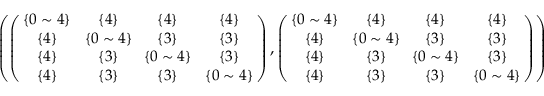
\begin{array} { r } { \small { \left( \left( \! \! \begin{array} { c c c c } { \{ 0 \sim 4 \} } & { \{ 4 \} } & { \{ 4 \} } & { \{ 4 \} } \\ { \{ 4 \} } & { \! \{ 0 \sim 4 \} \! } & { \{ 3 \} } & { \{ 3 \} } \\ { \{ 4 \} } & { \{ 3 \} } & { \! \{ 0 \sim 4 \} \! } & { \{ 3 \} } \\ { \{ 4 \} } & { \{ 3 \} } & { \{ 3 \} } & { \{ 0 \sim 4 \} } \end{array} \! \! \right) , \left( \! \! \begin{array} { c c c c } { \{ 0 \sim 4 \} } & { \{ 4 \} } & { \{ 4 \} } & { \{ 4 \} } \\ { \{ 4 \} } & { \! \{ 0 \sim 4 \} \! } & { \{ 3 \} } & { \{ 3 \} } \\ { \{ 4 \} } & { \{ 3 \} } & { \! \{ 0 \sim 4 \} \! } & { \{ 3 \} } \\ { \{ 4 \} } & { \{ 3 \} } & { \{ 3 \} } & { \{ 0 \sim 4 \} } \end{array} \! \! \right) \right) } } \end{array}